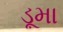
ડૂમા